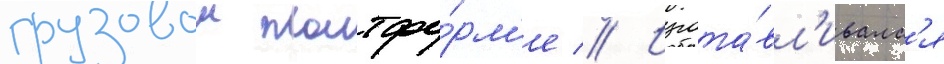
грузовои платфо́рм'е // Изгота́вл'ивалс'я